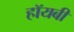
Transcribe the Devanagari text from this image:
हॉयबी